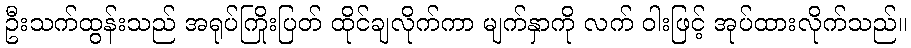
ဦးသက်ထွန်းသည် အရုပ်ကြိုးပြတ် ထိုင်ချလိုက်ကာ မျက်နှာကို လက် ဝါးဖြင့် အုပ်ထားလိုက်သည်။